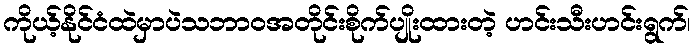
ကိုယ့်နိုင်ငံထဲမှာပဲသဘာဝအတိုင်းစိုက်ပျိုးထားတဲ့ ဟင်းသီးဟင်းရွက်၊